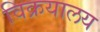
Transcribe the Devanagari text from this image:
विक्रयालय